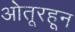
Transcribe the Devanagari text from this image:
ओतूरहून